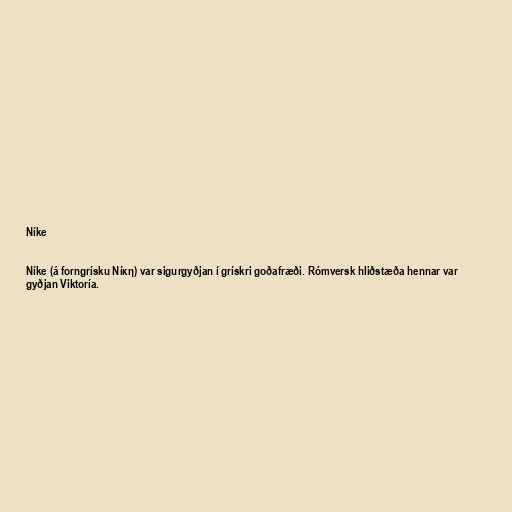
Níke

Níke (á forngrísku Νίκη) var sigurgyðjan í grískri goðafræði. Rómversk hliðstæða hennar var
gyðjan Viktoría.